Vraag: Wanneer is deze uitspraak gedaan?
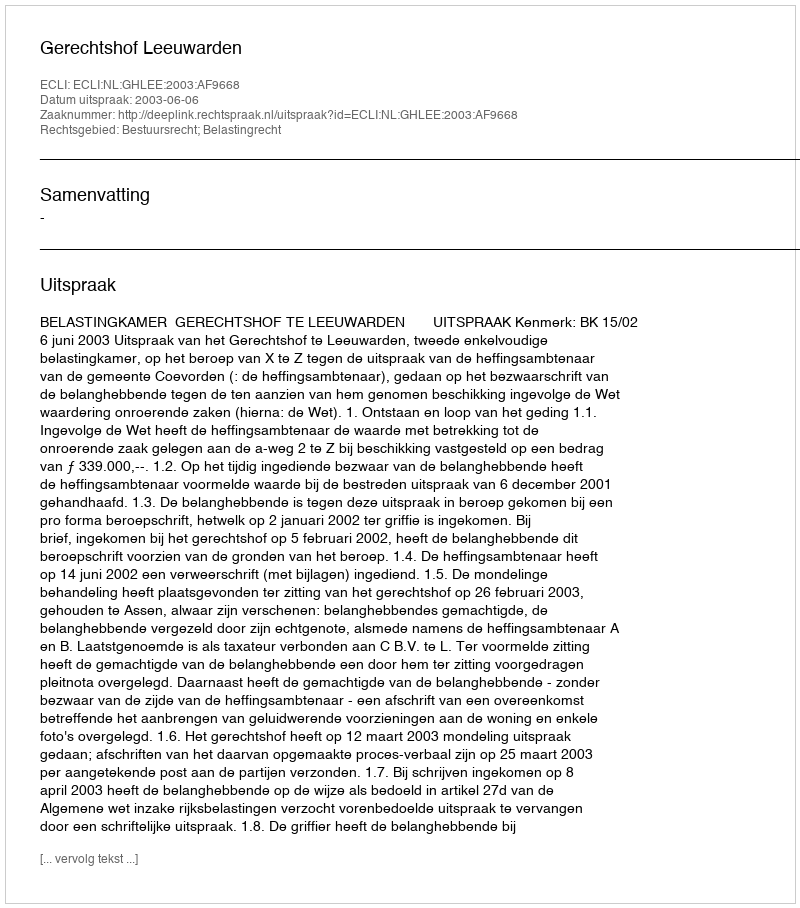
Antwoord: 2003-06-06